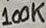
Text: 100K